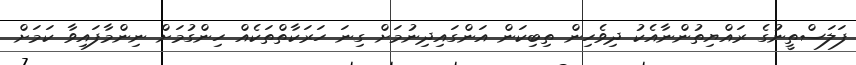
ފަލަސްތީނުގެ ރައްޔިތުންނާއެކު ދިވެހިން ތިބިކަން އަންގައިދިނުމަށް ގިނަ ހަރަކާތްތަކެއް ހިންގުމަށް ނިންމާފައިވާ ކަމަށް